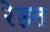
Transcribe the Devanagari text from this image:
रेहत